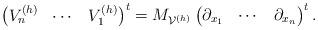
LaTeX: \begin{align*} \big(\begin{matrix} V^{(h)}_n & \cdots & V^{(h)}_1 \end{matrix}\big)^t = M_{\mathcal{V}^{(h)}} \begin{pmatrix} \partial_{x_1} & \cdots & \partial_{x_n} \end{pmatrix}^t.\end{align*}